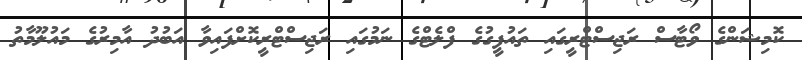
ކޮމިޝަންގެ ވޯޓާސް ރަޖިސްޓްރީގައި ތައުފީގުގެ ފްލެޓްގެ ނަމުގައި ރަޖިސްޓްރީކޮށްފައިވާ އަބުދު އާމިރުގެ މައުލޫމާތު